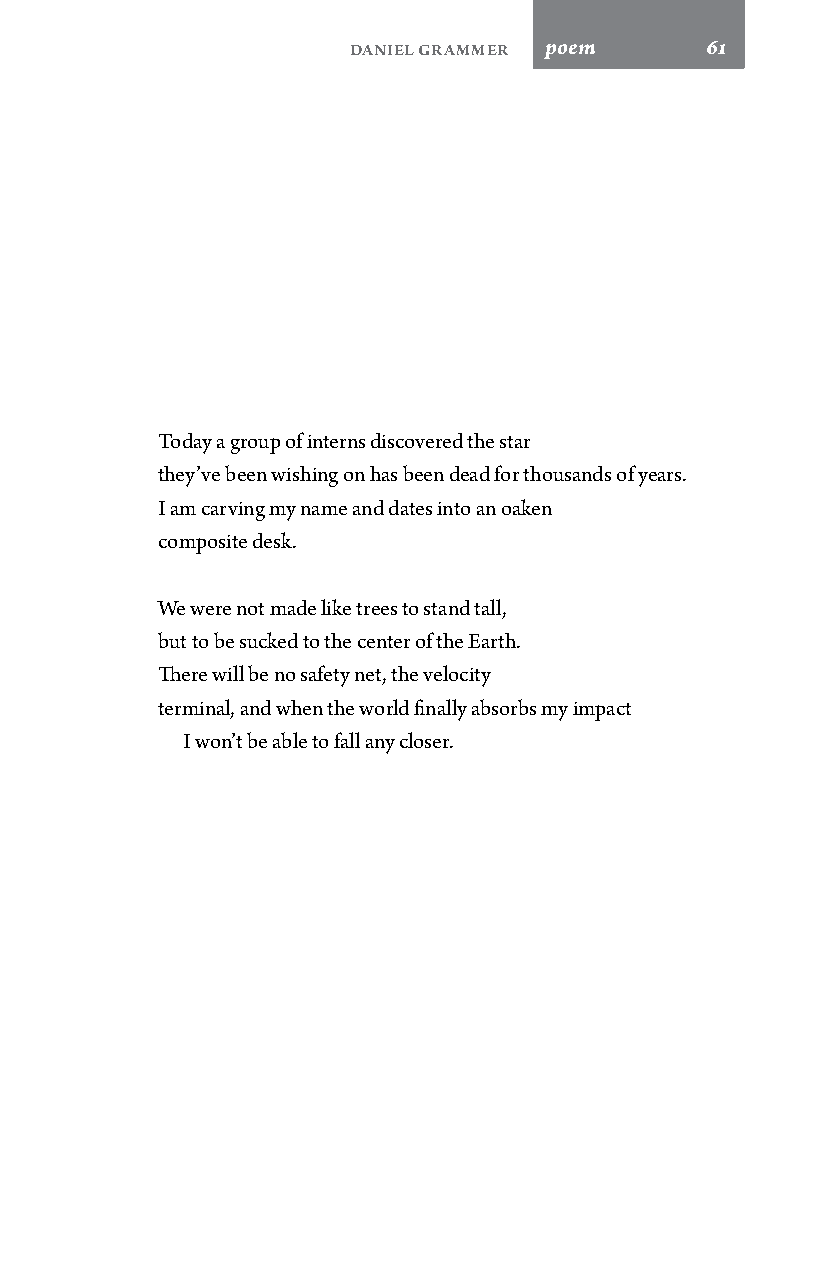
Daniel Grammer poem     61
 Today a group of interns discovered the star
 they’ve been wishing on has been dead for thousands of years.
 I am carving my name and dates into an oaken
 composite desk.
 We were not made like trees to stand tall,
 but to be sucked to the center of the Earth.
 There will be no safety net, the velocity
 terminal, and when the world finally absorbs my impact
 I won’t be able to fall any closer.